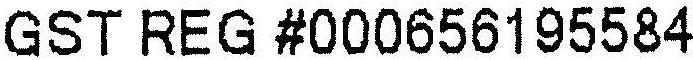
GST REG #000656195584